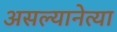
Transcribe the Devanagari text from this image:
असल्यानेत्या